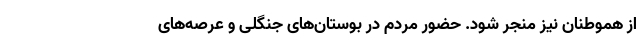
از هموطنان نیز منجر شود. حضور مردم در بوستان‌های جنگلی و عرصه‌های